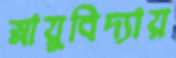
স্নায়ুবিদ্যায়